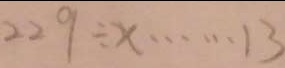
2 2 9 \div x \cdots 1 3